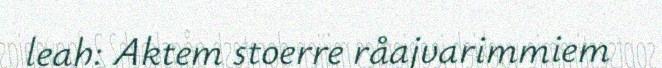
leah: Aktem stoerre råajvarimmiem